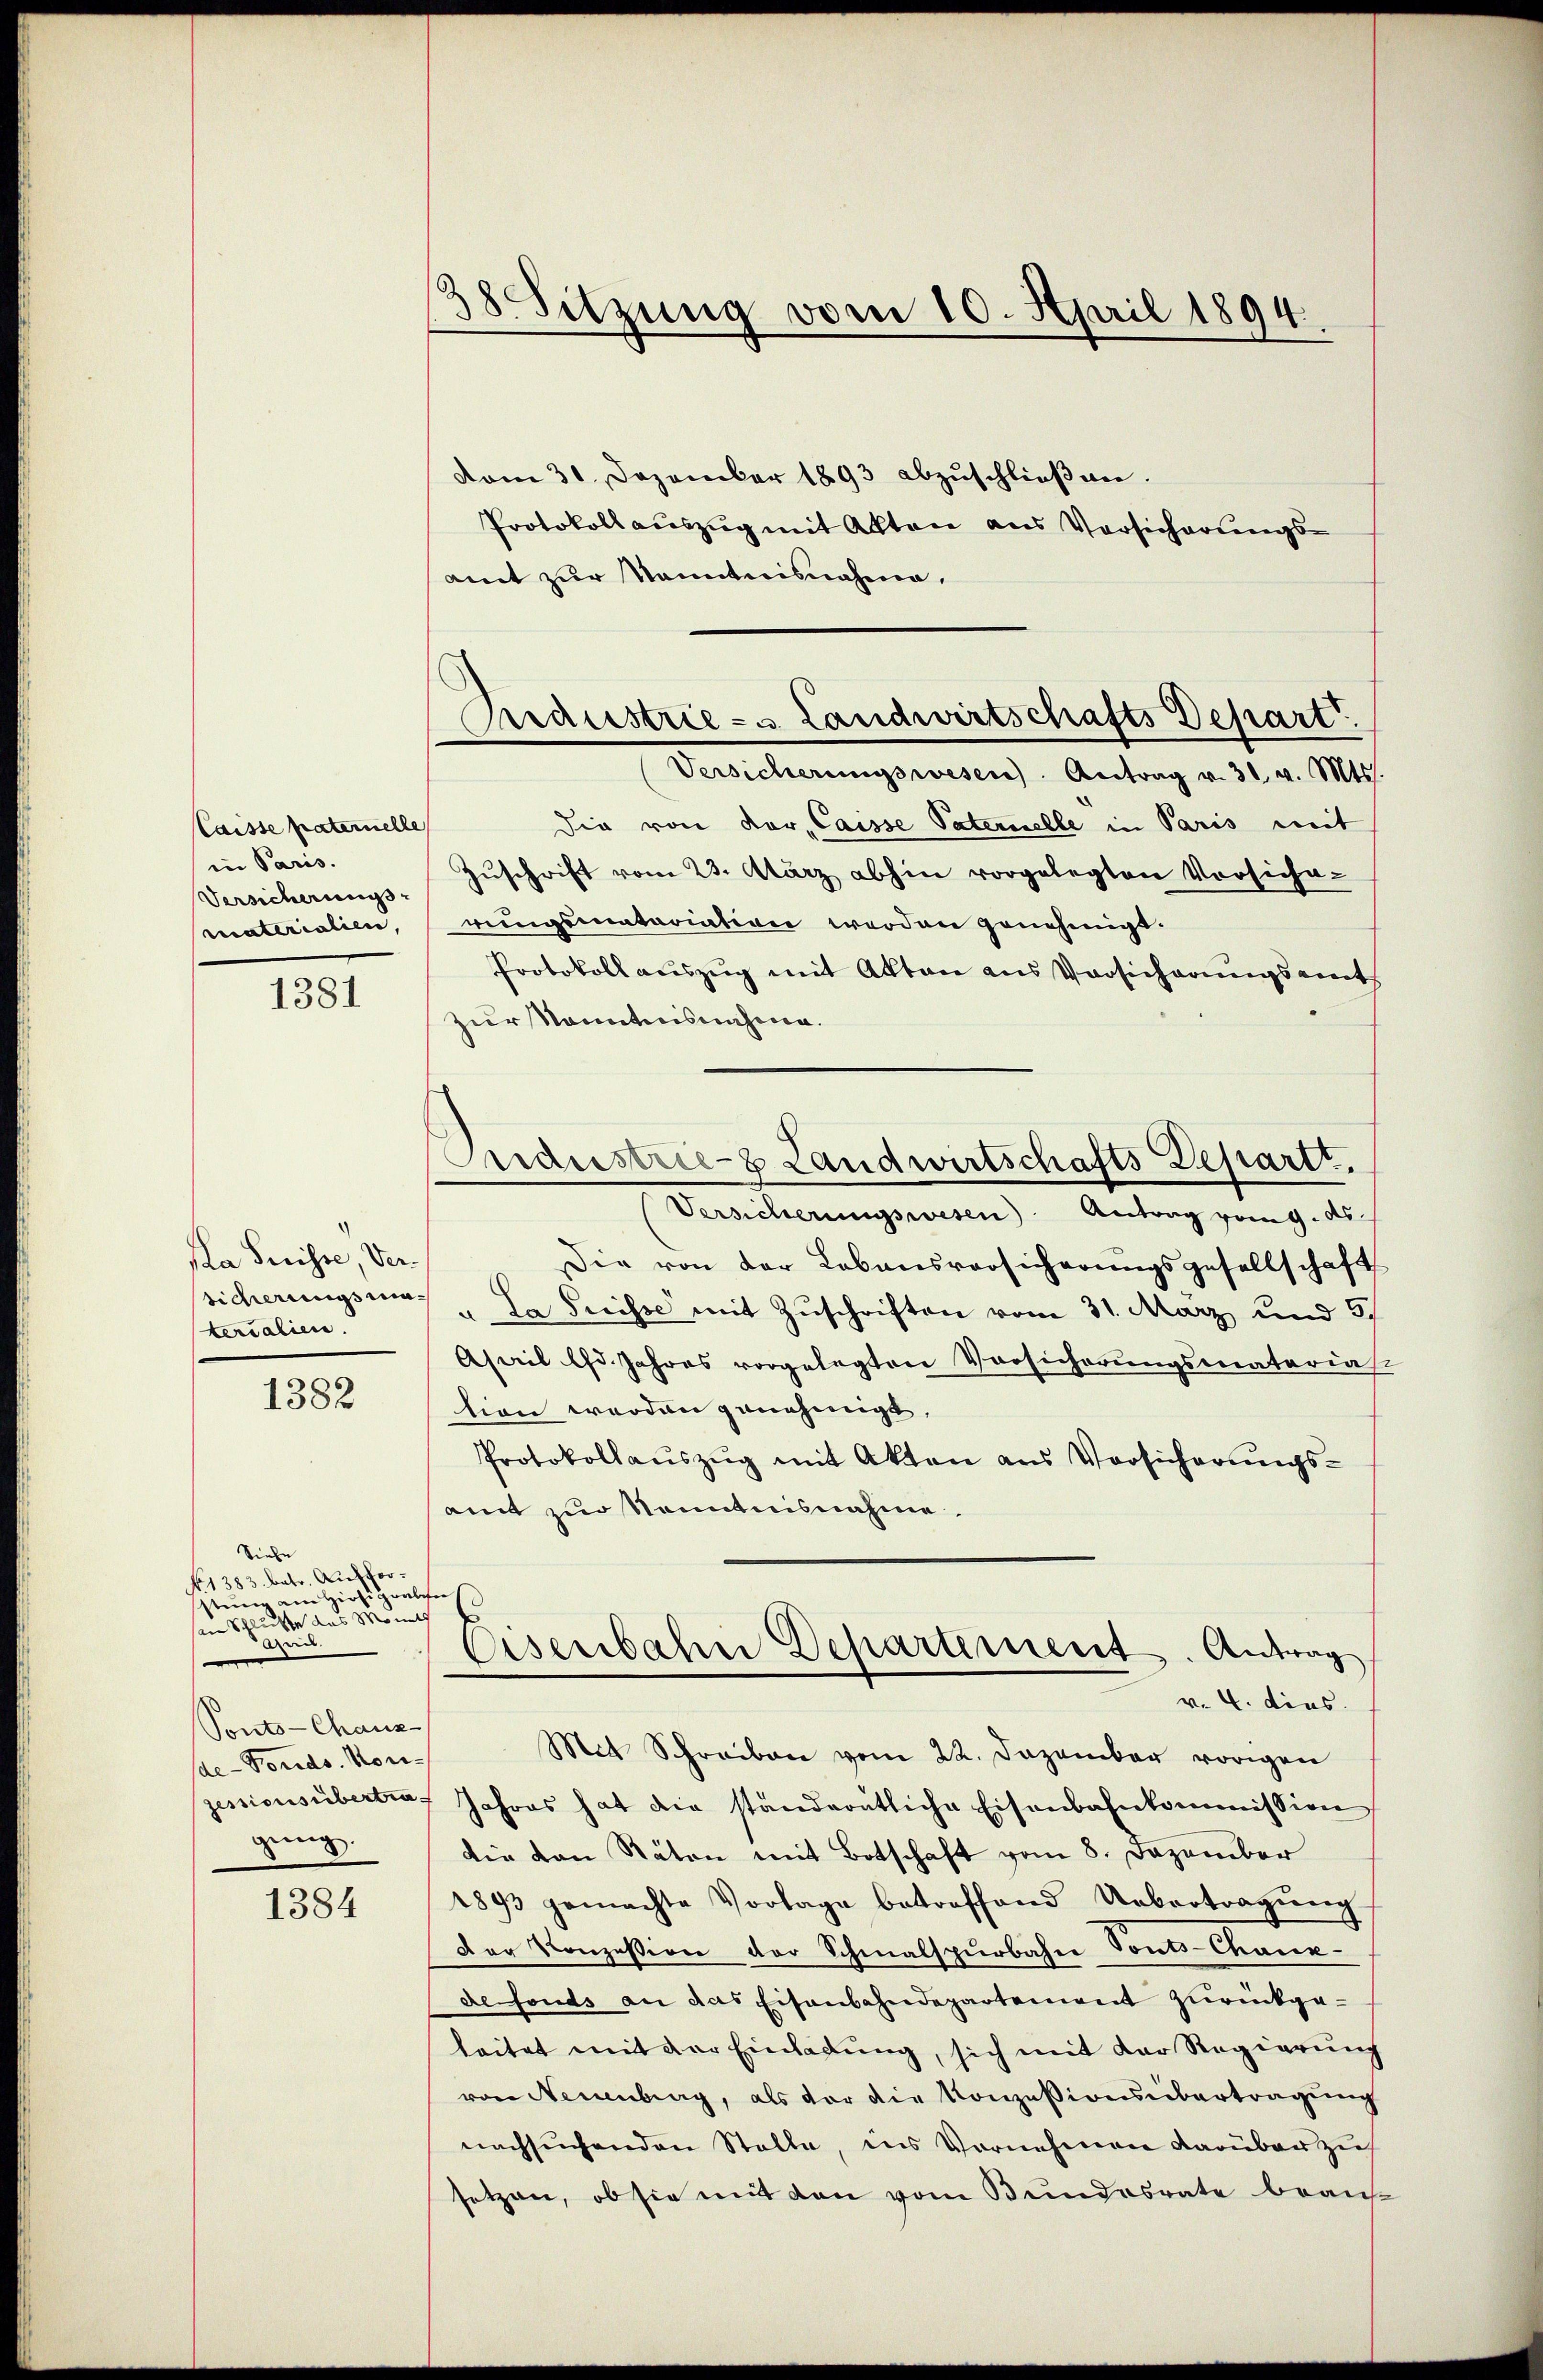
Laisse paternelle
in Paris.
Versicherungs
materialien,

1381

Pla Suisse, Versicherungsmaterialien.

1382

Sinden |
No 1383. batr. Aufforstung am hiesigens
in Schlusse des Monats
Arn.
Ponts-Chaux-
de-Fonds. Norijessionsübertra
gung.

1384

38 Sitzung vom 10. April 1894.

Ardustrie - u. Landwirtschafts Depart.
Versicherungswesen. Antrag v. 31 v. Mts.

vom 31. Dezember 1893 abzŭschlieβen.
Protokoll auszug mit Akten aus Vorsicherungsamt zur Manntnisnahme,
Die von dor-Caisse Vaternelle in Paris mit
Zŭschrift vom 23. März abhin vorgelegten Vorsicha-
rungsmatariation werden genehmigt.
Protokoll auszug mit Akten aus Versicherungsamt
zur Kenntnisnahme.
Versicherungswesen Antrag vom g. ds.
Die von der Lobansvorsicherungsgesellschaft
"Da Preisse mit Zuschriften vom 31. März und 5.
Asail lfd. Jahres vorgelegten Vorsicherungsmaterial
tion werden genehmigt,
Protokollauszug mit Akten aus Vorsicherungsamt zur Kenntnisnahme.
n
.
Eisenbahne Departement. Antrag
v. 4. dies
Mit Schreiben vom 22. Dezember vorigen
Jahres hat die standentliche Eisenbahnkommission
Die von Stäten mit Botschaft vom 8. Dezember
1893 gemachte Vorlage betreffend Uebertragŭng
Der Konzession der Schmalspurbaher Tonts-Chaux-
de fonds an das Eisenbahndepartement zurückgeleitet mit der Einladung, sich mit der Regierung
von Neuenburg, als vor die Konzessionsübertragung
nachsuchenden Stelle, ins Vornehmen darüber zu
setzen, ob sie mit den vom Bundesrate beans

Cndustrie-8 Landwirtschafts Depart.